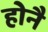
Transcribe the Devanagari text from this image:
होनै